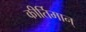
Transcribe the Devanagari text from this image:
कीर्तिमान्